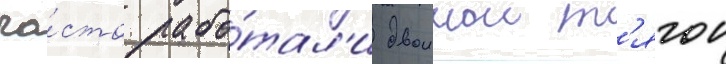
ча́сто рабо́тал'и двоинои т'ягои